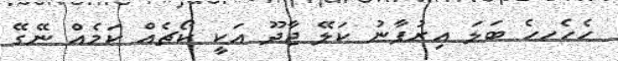
ހެހެެހހެ ބަލަ އިރުފާނު ކަލޭ ޖާދޫ އަކީ ކޯޗެއް ކަމެއް ނޭގޭ